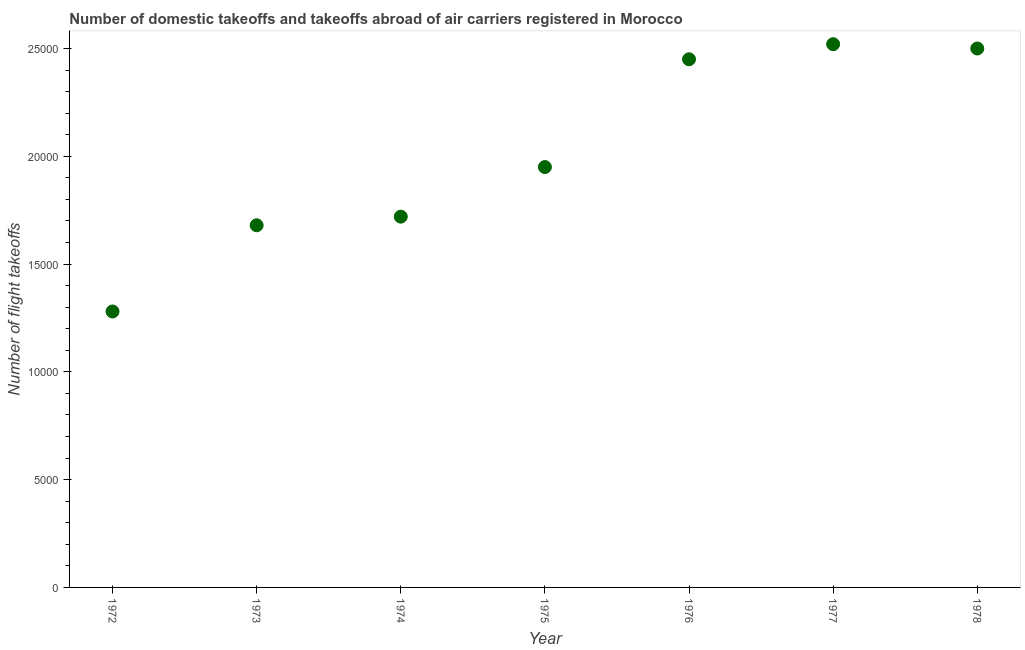
| Year | Air transport |
 | --- | --- |
 | 1972 | 1.28e+04 |
 | 1973 | 1.68e+04 |
 | 1974 | 1.72e+04 |
 | 1975 | 1.95e+04 |
 | 1976 | 2.45e+04 |
 | 1977 | 2.52e+04 |
 | 1978 | 2.5e+04 |